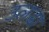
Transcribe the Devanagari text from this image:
उलढा